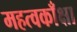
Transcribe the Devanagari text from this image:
महत्वकाँक्षा